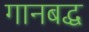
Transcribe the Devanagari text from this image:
गानबद्ध